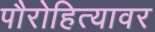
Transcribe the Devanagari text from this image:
पौरोहित्यावर